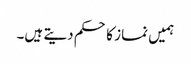
ہمیں نماز کا حکم دیتے ہیں۔